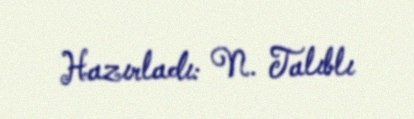
Hazırladı: N. Talıblı